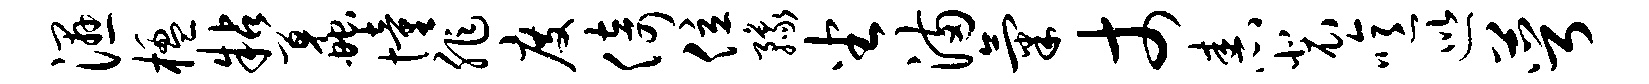
湿楹粘蠡憧非度倚位豫坐满气丈舂裴噫巡萼